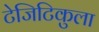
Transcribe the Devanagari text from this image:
टेजिटिकुला